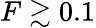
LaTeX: F\gtrsim 0.1